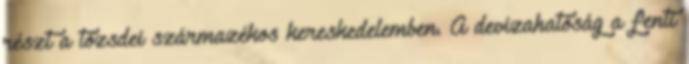
részt a tőzsdei származékos kereskedelemben. A devizahatóság a fenti